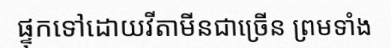
ផ្ទុកទៅដោយវីតាមីនជាច្រើន ព្រមទាំង